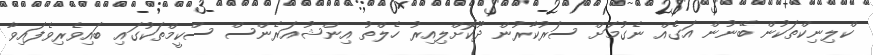
ކްލިނިކްތަކުން ބޭނުން އަގެއް ނެގުމަށް ސަރުކާރުން ދޫކޮށްލިއިރު ހެލްތު އިންޝުއަރެންސް ސްކީމްތަކުގައި ބައިވެރިވެފައިވާ